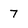
Character: 7